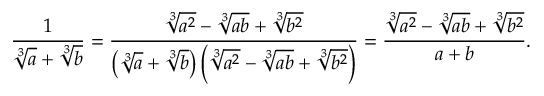
{ \frac { 1 } { { \sqrt [ { 3 } ] { a } } + { \sqrt [ { 3 } ] { b } } } } = { \frac { { \sqrt [ { 3 } ] { a ^ { 2 } } } - { \sqrt [ { 3 } ] { a b } } + { \sqrt [ { 3 } ] { b ^ { 2 } } } } { \left( { \sqrt [ { 3 } ] { a } } + { \sqrt [ { 3 } ] { b } } \right) \left( { \sqrt [ { 3 } ] { a ^ { 2 } } } - { \sqrt [ { 3 } ] { a b } } + { \sqrt [ { 3 } ] { b ^ { 2 } } } \right) } } = { \frac { { \sqrt [ { 3 } ] { a ^ { 2 } } } - { \sqrt [ { 3 } ] { a b } } + { \sqrt [ { 3 } ] { b ^ { 2 } } } } { a + b } } .